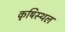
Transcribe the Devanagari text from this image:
कृषिस्थल